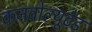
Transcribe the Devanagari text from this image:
कनवोल्यूटेड